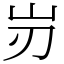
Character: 岃